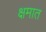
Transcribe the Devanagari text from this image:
क्षमात